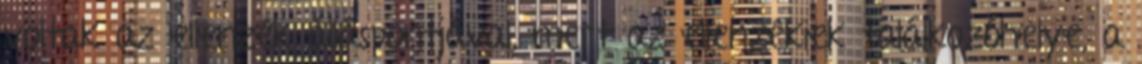
voltak az ellenzék álláspontjával, mert az ellenzékiek találkozóhelye, a